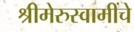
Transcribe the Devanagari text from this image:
श्रीमेरुस्वामींचे